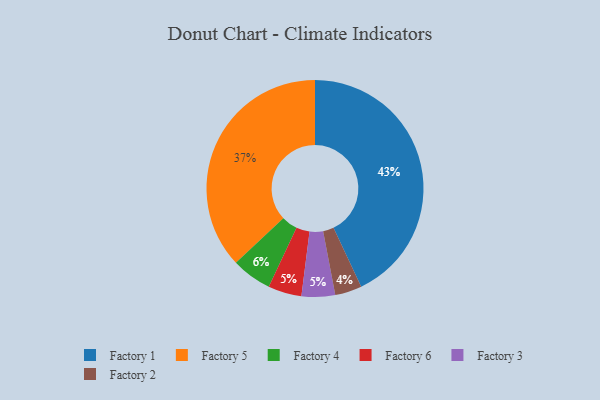
{"axis": {"x": "Category", "y": "Percentage"}, "legend": ["Factory 1", "Factory 2", "Factory 3", "Factory 4", "Factory 5", "Factory 6"], "data": [{"x": "Factory 6", "y": 5, "type": "Factory 6"}, {"x": "Factory 4", "y": 6, "type": "Factory 4"}, {"x": "Factory 5", "y": 37, "type": "Factory 5"}, {"x": "Factory 1", "y": 43, "type": "Factory 1"}, {"x": "Factory 3", "y": 5, "type": "Factory 3"}, {"x": "Factory 2", "y": 4, "type": "Factory 2"}]}